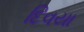
દિવયા